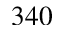
3 4 0